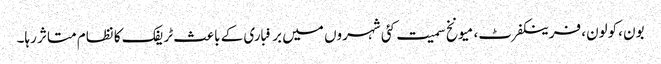
بون ،کولون، فرینکفرٹ، میونخ سمیت کئی شہروں میں برفباری کے باعث ٹریفک کا نظام متاثر رہا۔